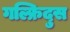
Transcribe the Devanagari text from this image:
गल्फ्रिदुस